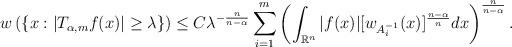
LaTeX: \begin{align*}w\left( \{ x : |T_{\alpha, m}f (x) | \geq \lambda \} \right) \leq C \lambda^{-\frac{n}{n - \alpha}} \sum_{i=1}^{m} \left(\int_{\mathbb{R}^{n}} |f(x)| [w_{A_i^{-1}}(x)]^{\frac{n- \alpha}{n}} dx \right)^{\frac{n}{n - \alpha}}. \end{align*}